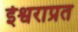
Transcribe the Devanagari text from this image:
ईश्वराप्रत